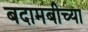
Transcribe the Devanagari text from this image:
बदामबीच्या